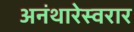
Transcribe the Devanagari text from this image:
अनंथारेस्वरार